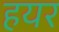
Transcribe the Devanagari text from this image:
हयर